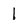
Character: l